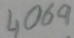
Text: 4069